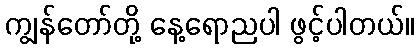
ကျွန်တော်တို့ နေ့ရောညပါ ဖွင့်ပါတယ်။